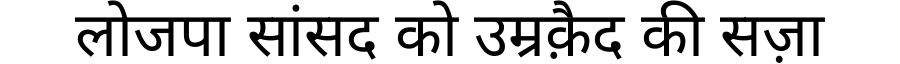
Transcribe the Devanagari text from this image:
लोजपा सांसद को उम्रक़ैद की सज़ा